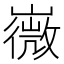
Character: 嶶